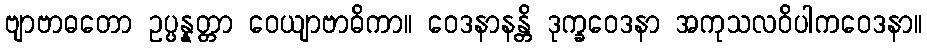
ဗျာဗာဓတော ဥပ္ပန္နတ္တာ ဝေယျာဗာဓိကာ။ ဝေဒနာနန္တိ ဒုက္ခဝေဒနာ အကုသလဝိပါကဝေဒနာ။